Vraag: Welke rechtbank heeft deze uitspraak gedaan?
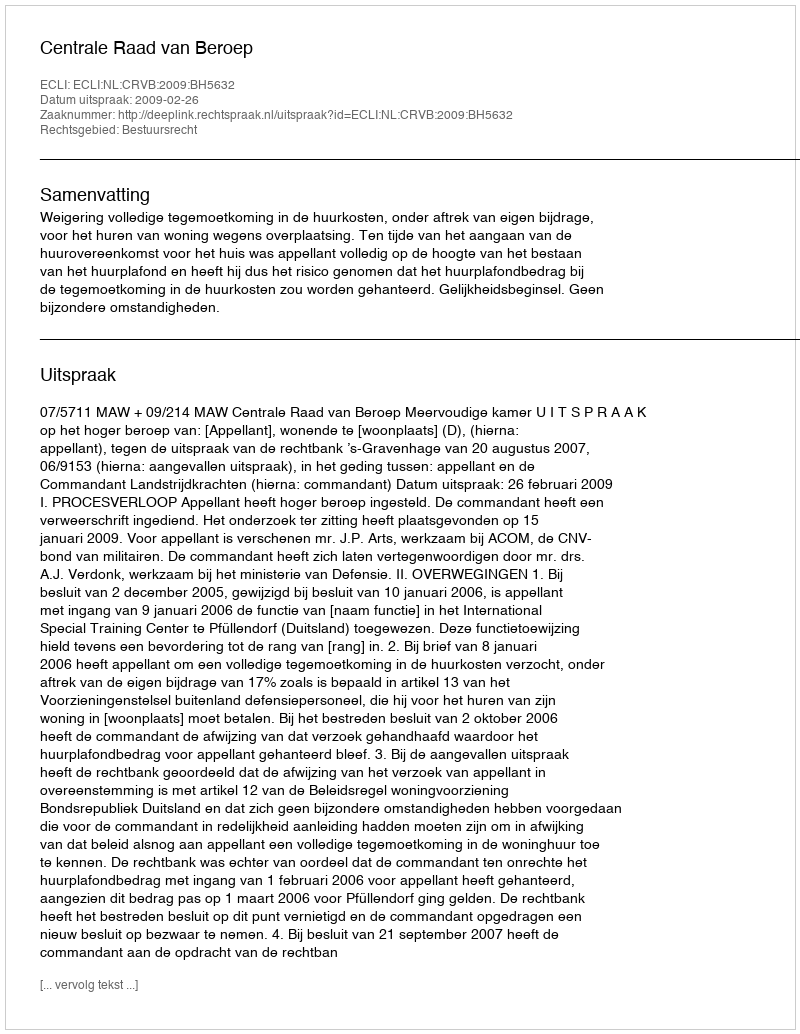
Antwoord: Centrale Raad van Beroep